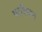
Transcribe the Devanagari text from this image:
परशियन